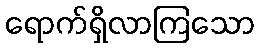
ရောက်ရှိလာကြသော